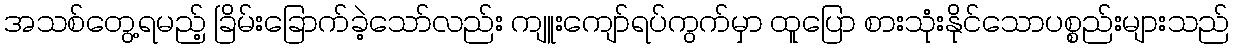
အသစ်တွေ့ရမည့် ခြိမ်းခြောက်ခဲ့သော်လည်း ကျူးကျော်ရပ်ကွက်မှာ ထူပြော စားသုံးနိုင်သောပစ္စည်းများသည်